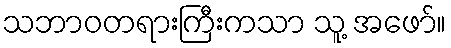
သဘာဝတရားကြီးကသာ သူ့ အဖော်။